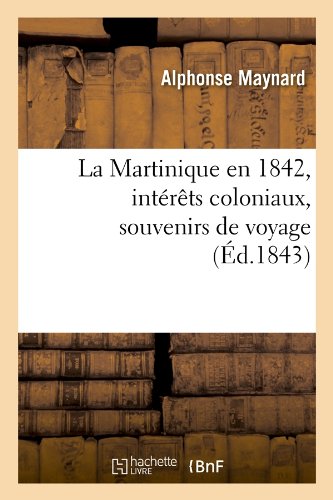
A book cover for La Martinique En 1842, Interets Coloniaux, Souvenirs de Voyage, (Ed.1843) (Histoire) (French Edition); Maynard a.; Travel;